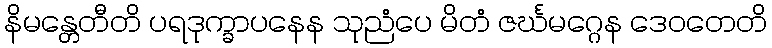
နိမန္တေတီတိ ပရဒုက္ခာပနေန သုညံပေ မိတံ ဇင်္ဃမဂ္ဂေန ဒေဝတေတိ